Annual statistical returns and brief notes on vaccination in Bengal - 1909-1929
Year: 1909
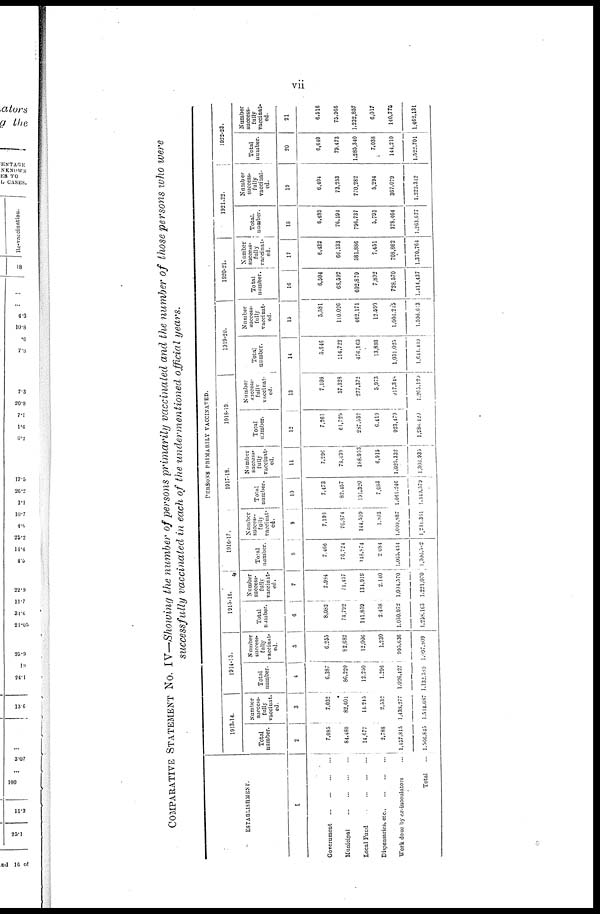
vii
COMPARATIVE STATEMENT NO. IV—Showing the number of persons primarily vaccinated and the number of those persons who were
successfully vaccinated in each of the undermentioned official years.
ESTABLISHMENT.
1
Government
...
...
...
...
Municipal
...
...
...
...
Local Fund
...
...
...
...
Dispensaries, etc ... ... ...
Work done by ex-inoculators ...
Total ...
PERSONS PRIMARILY VACCINATED.
1913-14.
Total
number.
2
7,085
84,480
14,677
2,788
1,457,815
1,566,845
Number
success-
fully
vaccinat.
ed.
3
7,032
82,601
14,245
2,532
1,438,277
1,514,687
1914-15.
Total
number.
4
6,387
86,220
12,250
1,296
1,026,427
1,132,589
Number
success-
fully
vaccinat-
ed.
5
6,255
82,682
12,006
1,230
995,636
1,097,809
1915-16.
Total
number.
6
8,082
74,792
141,859
2,458
1,030,972
1,258,163
Number
success-
fully
vaccinat-
ed.
7
7,984
71,457
134,919
2,140
1,004,570
1,221,070
1916-17.
Total
number.
8
7,466
76,724
148,874
2,084
1,065,434
1,300,582
Number
success-
fully
vaccinat-
ed.
9
7,198
70,874
144,599
l,803
1,009,887
l,234,361
1917-18.
Total
number.
10
7,473
82,457
191,320
7,083
1,061,246
1,349,579
Number
success-
fully
vaccinat-
ed.
11
7,296
78,439
188,953
6,915
1,025,332
1,306,035
1918-19.
Total
number.
12
7,261
61,729
287,532
6,419
923,479
1,886,420
Number
success-
fully
vaccinat-
ed.
13
7,108
57,328
277,372
5,973
917,348
1,265,129
1919-20.
Total
number.
14
5,646
114,722
476,163
13,893
1,031,025
1,641,449
Number
success-
fully
vaccinat-
ed.
15
5,581
110,026
462,171
12,590
1,006,245
1,596,613
1920-21.
Total
number.
16
6,504
68,592
602,879
7,892
728,570
1,414,437
Number
success-
fully
vaccinat-
ed.
17
6,432
66,133
581,886
7,451
708,862
1,370,764
1921-22.
Total
number.
18
6,489
76,194
796,737
5,793
378,464
1,263,677
Number
success-
fully
vaccinat-
ed.
19
6,404
73,253
770,282
5,294
367,079
1,222,312
1922-23.
Total
number.
20
6,640
79,473
1,285,340
7,038
144,210
1,522,701
Number
success-
fully
vaccinat-
ed.
21
6,516
75,966
1,232,857
6,017
140,775
1,462,131